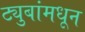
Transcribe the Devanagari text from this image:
ट्युबांमधून